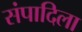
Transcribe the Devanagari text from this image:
संपादिला